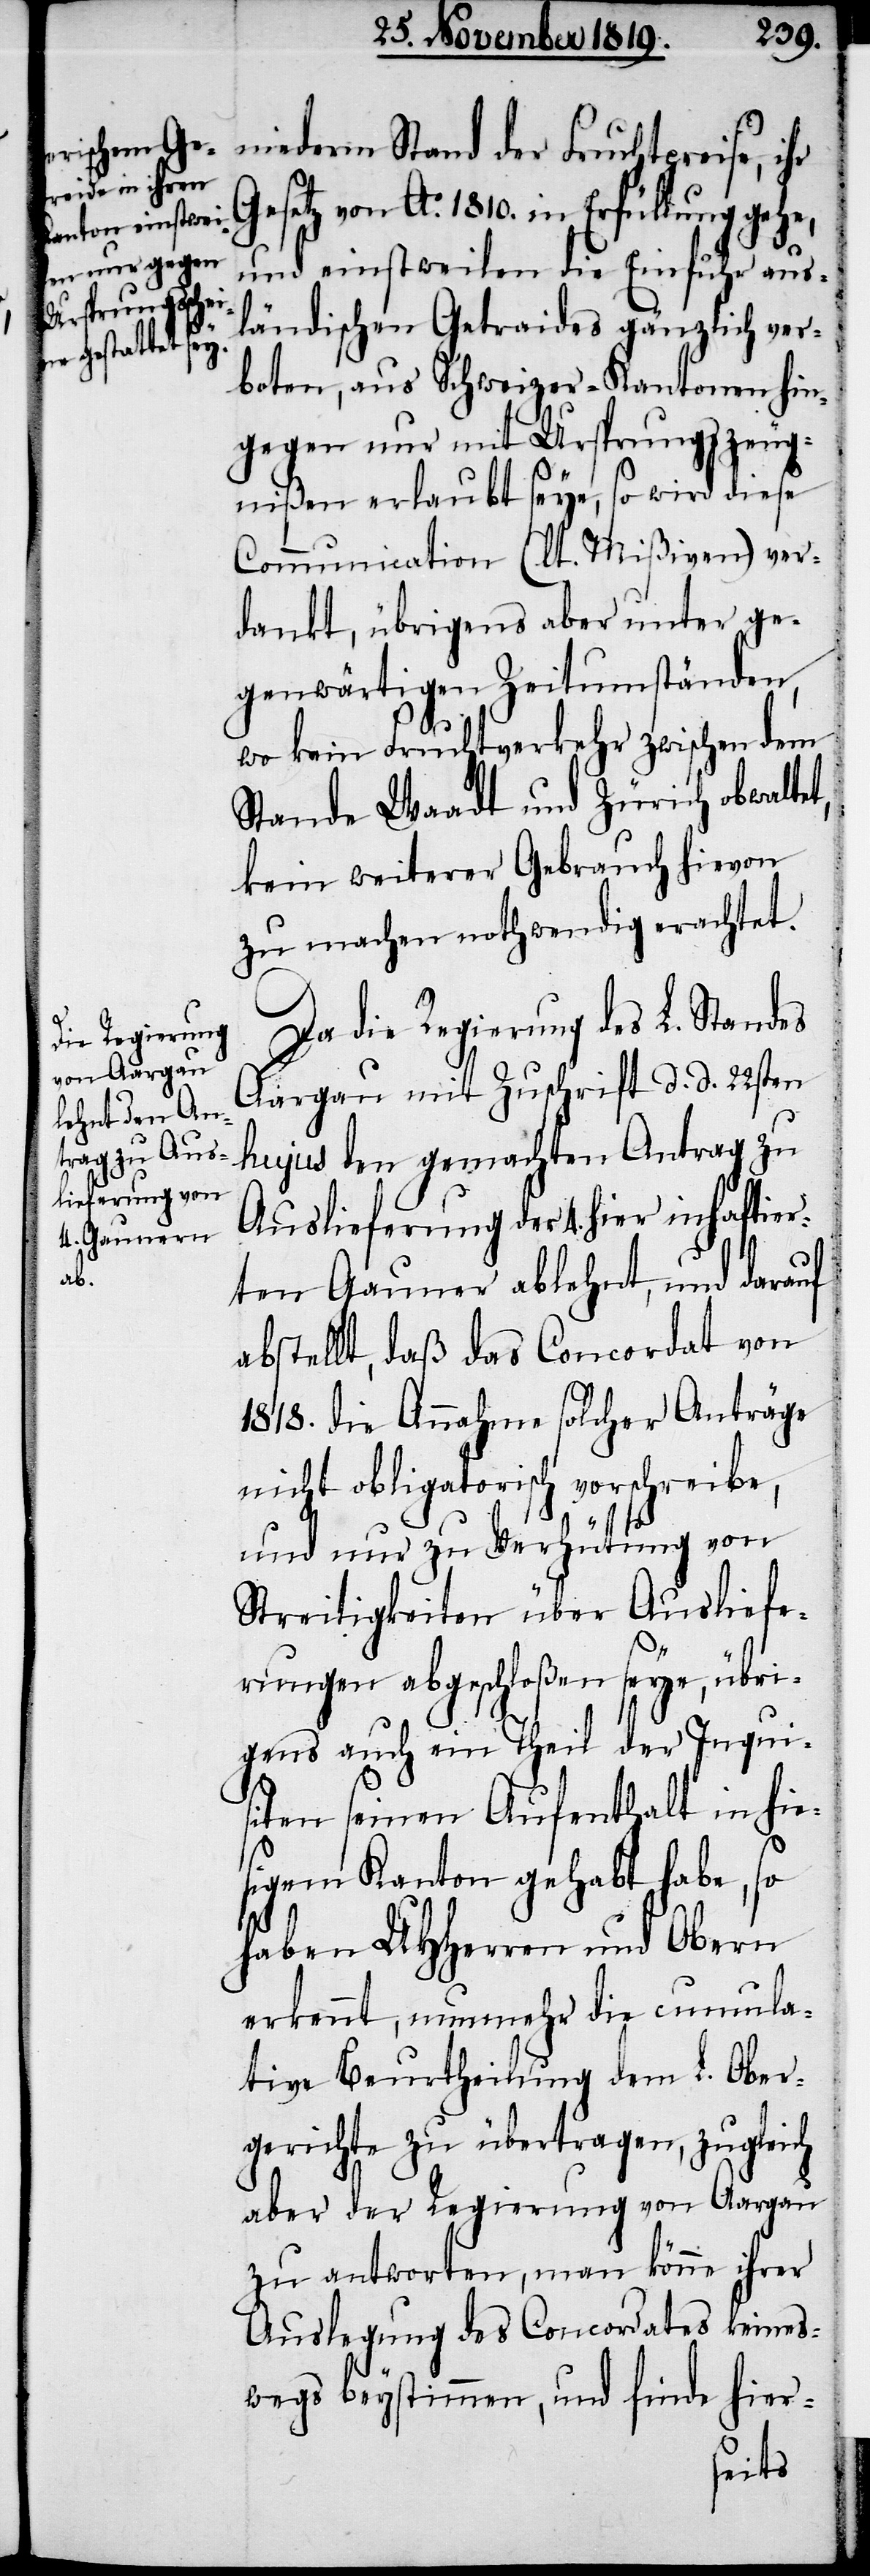
niederm Stand der Fruchtpreise, ihr
Gesetz von Ao. 1810. in Erfüllung gehe,
und einstweilen die Einfuhr aus¬
ländischen Getraides gänzlich ver¬
boten, aus Schweizer-Kantonen hin¬
gegen nur mit Ursprungszeug¬
nißen erlaubt seye, so wird diese
Commuinication (lt. Mißiven) ver¬
dankt, übrigens aber unter ge¬
genwärtigen Zeitumständen,
wo kein Fruchtverkehr zwischen dem
Stande Waadt und Zürich obwaltet,
kein weiterer Gebrauch hievon
zu machen nothwendig erachtet.
Da die Regierung des L. Standes
Aargau mit Zuschrift d. d. 22sten
hujus den gemachten Antrag zu
Auslieferung der 4. hier inhaftier¬
ten Gauner ablehnt, und darauf
abstellt, daß das Concordat von
1818. die Annahme solcher Anträge
nicht obligatorisch vorschreibe,
und nur zu Verhütung von
Streitigkeiten über Ausliefe¬
rungen abgeschloßen seye, übri¬
gens auch ein Theil der Inqui¬
siten seinen Aufenthalt in hie¬
sigem Kanton gehabt habe, so
haben UHHerren und Obern
erkennt, nunmehr die cumula¬
tive Beurtheilung dem L. Ober¬
gerichte zu übertragen, zugleich
aber der Regierung von Aargau
zu antworten, man könne ihrer
Auslegung des Concordates keines¬
wegs beystimmen, und finde hier-